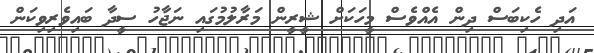
އަދި ހެކިބަސް ދިން އެއްވެސް މީހަކަށް ޝީރީން މަރާލުމުގައި ނަޖާހު ސީދާ ބައިވެރިވިކަން